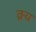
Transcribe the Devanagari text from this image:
क्र्य